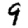
Digit: 9